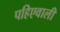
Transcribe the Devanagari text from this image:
पहिएवाली